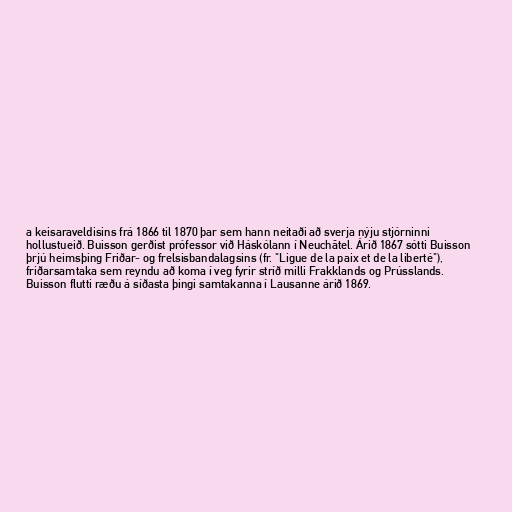
a keisaraveldisins frá 1866 til 1870 þar sem hann neitaði að sverja nýju stjórninni
hollustueið. Buisson gerðist prófessor við Háskólann í Neuchâtel. Árið 1867 sótti Buisson
þrjú heimsþing Friðar- og frelsisbandalagsins (fr. "Ligue de la paix et de la liberté"),
friðarsamtaka sem reyndu að koma í veg fyrir stríð milli Frakklands og Prússlands.
Buisson flutti ræðu á síðasta þingi samtakanna í Lausanne árið 1869.